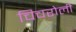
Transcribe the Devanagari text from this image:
चिचरोली